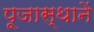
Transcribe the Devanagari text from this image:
पूजास्थानें